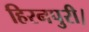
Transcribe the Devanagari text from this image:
हिरनपुरी।